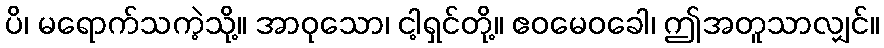
ပိ၊ မရောက်သကဲ့သို့။ အာဝုသော၊ ငါ့ရှင်တို့။ ဧဝမေဝခေါ၊ ဤအတူသာလျှင်။